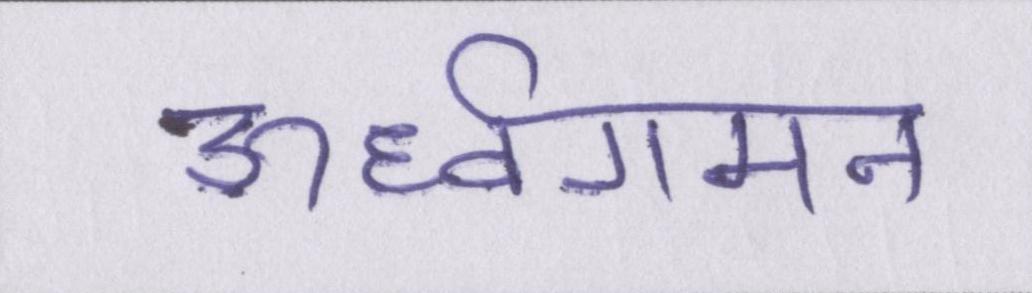
ऊर्ध्वगमन